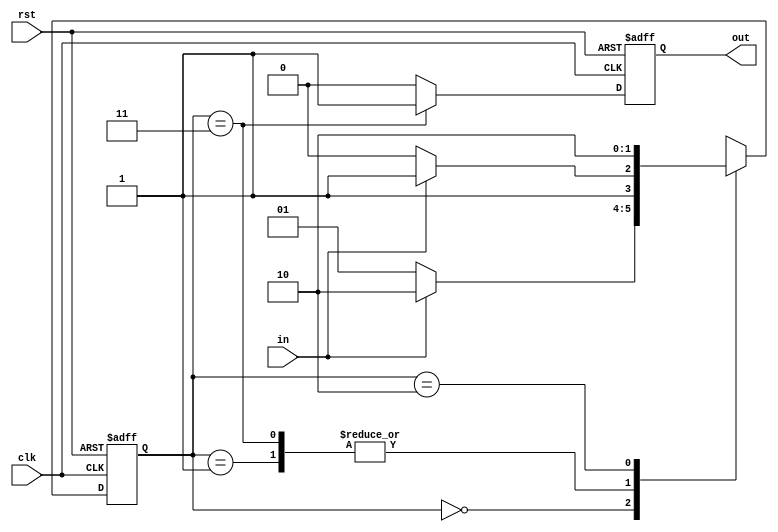
module FSM_01(input clk, input rst, input in, output out);

	reg out;
	reg [1:0]state;
	always @(posedge clk, posedge rst) begin
		if (rst) begin
			state <= 2'b00;
		end
		else begin
			case(state)
				2'b00: begin
					if(in) state <= 2'b10;
					else state <= 2'b01;
				end
				2'b01: begin
					if(in) state <= 2'b11;
					else state <= 2'b10;
				end
				2'b11: begin
					if(in) state <= 2'b11;
					else state <= 2'b10;
				end
				2'b10: begin
					if(in) state <= 2'b10;
					else state <= 2'b10;
				end
			endcase
		end
	end

	always @(posedge clk, posedge rst) begin
		if (rst) 
			out <= 0;
		else if(state == 2'b11) 
			out <= 1;
		else 
			out <= 0;
	end

endmodule